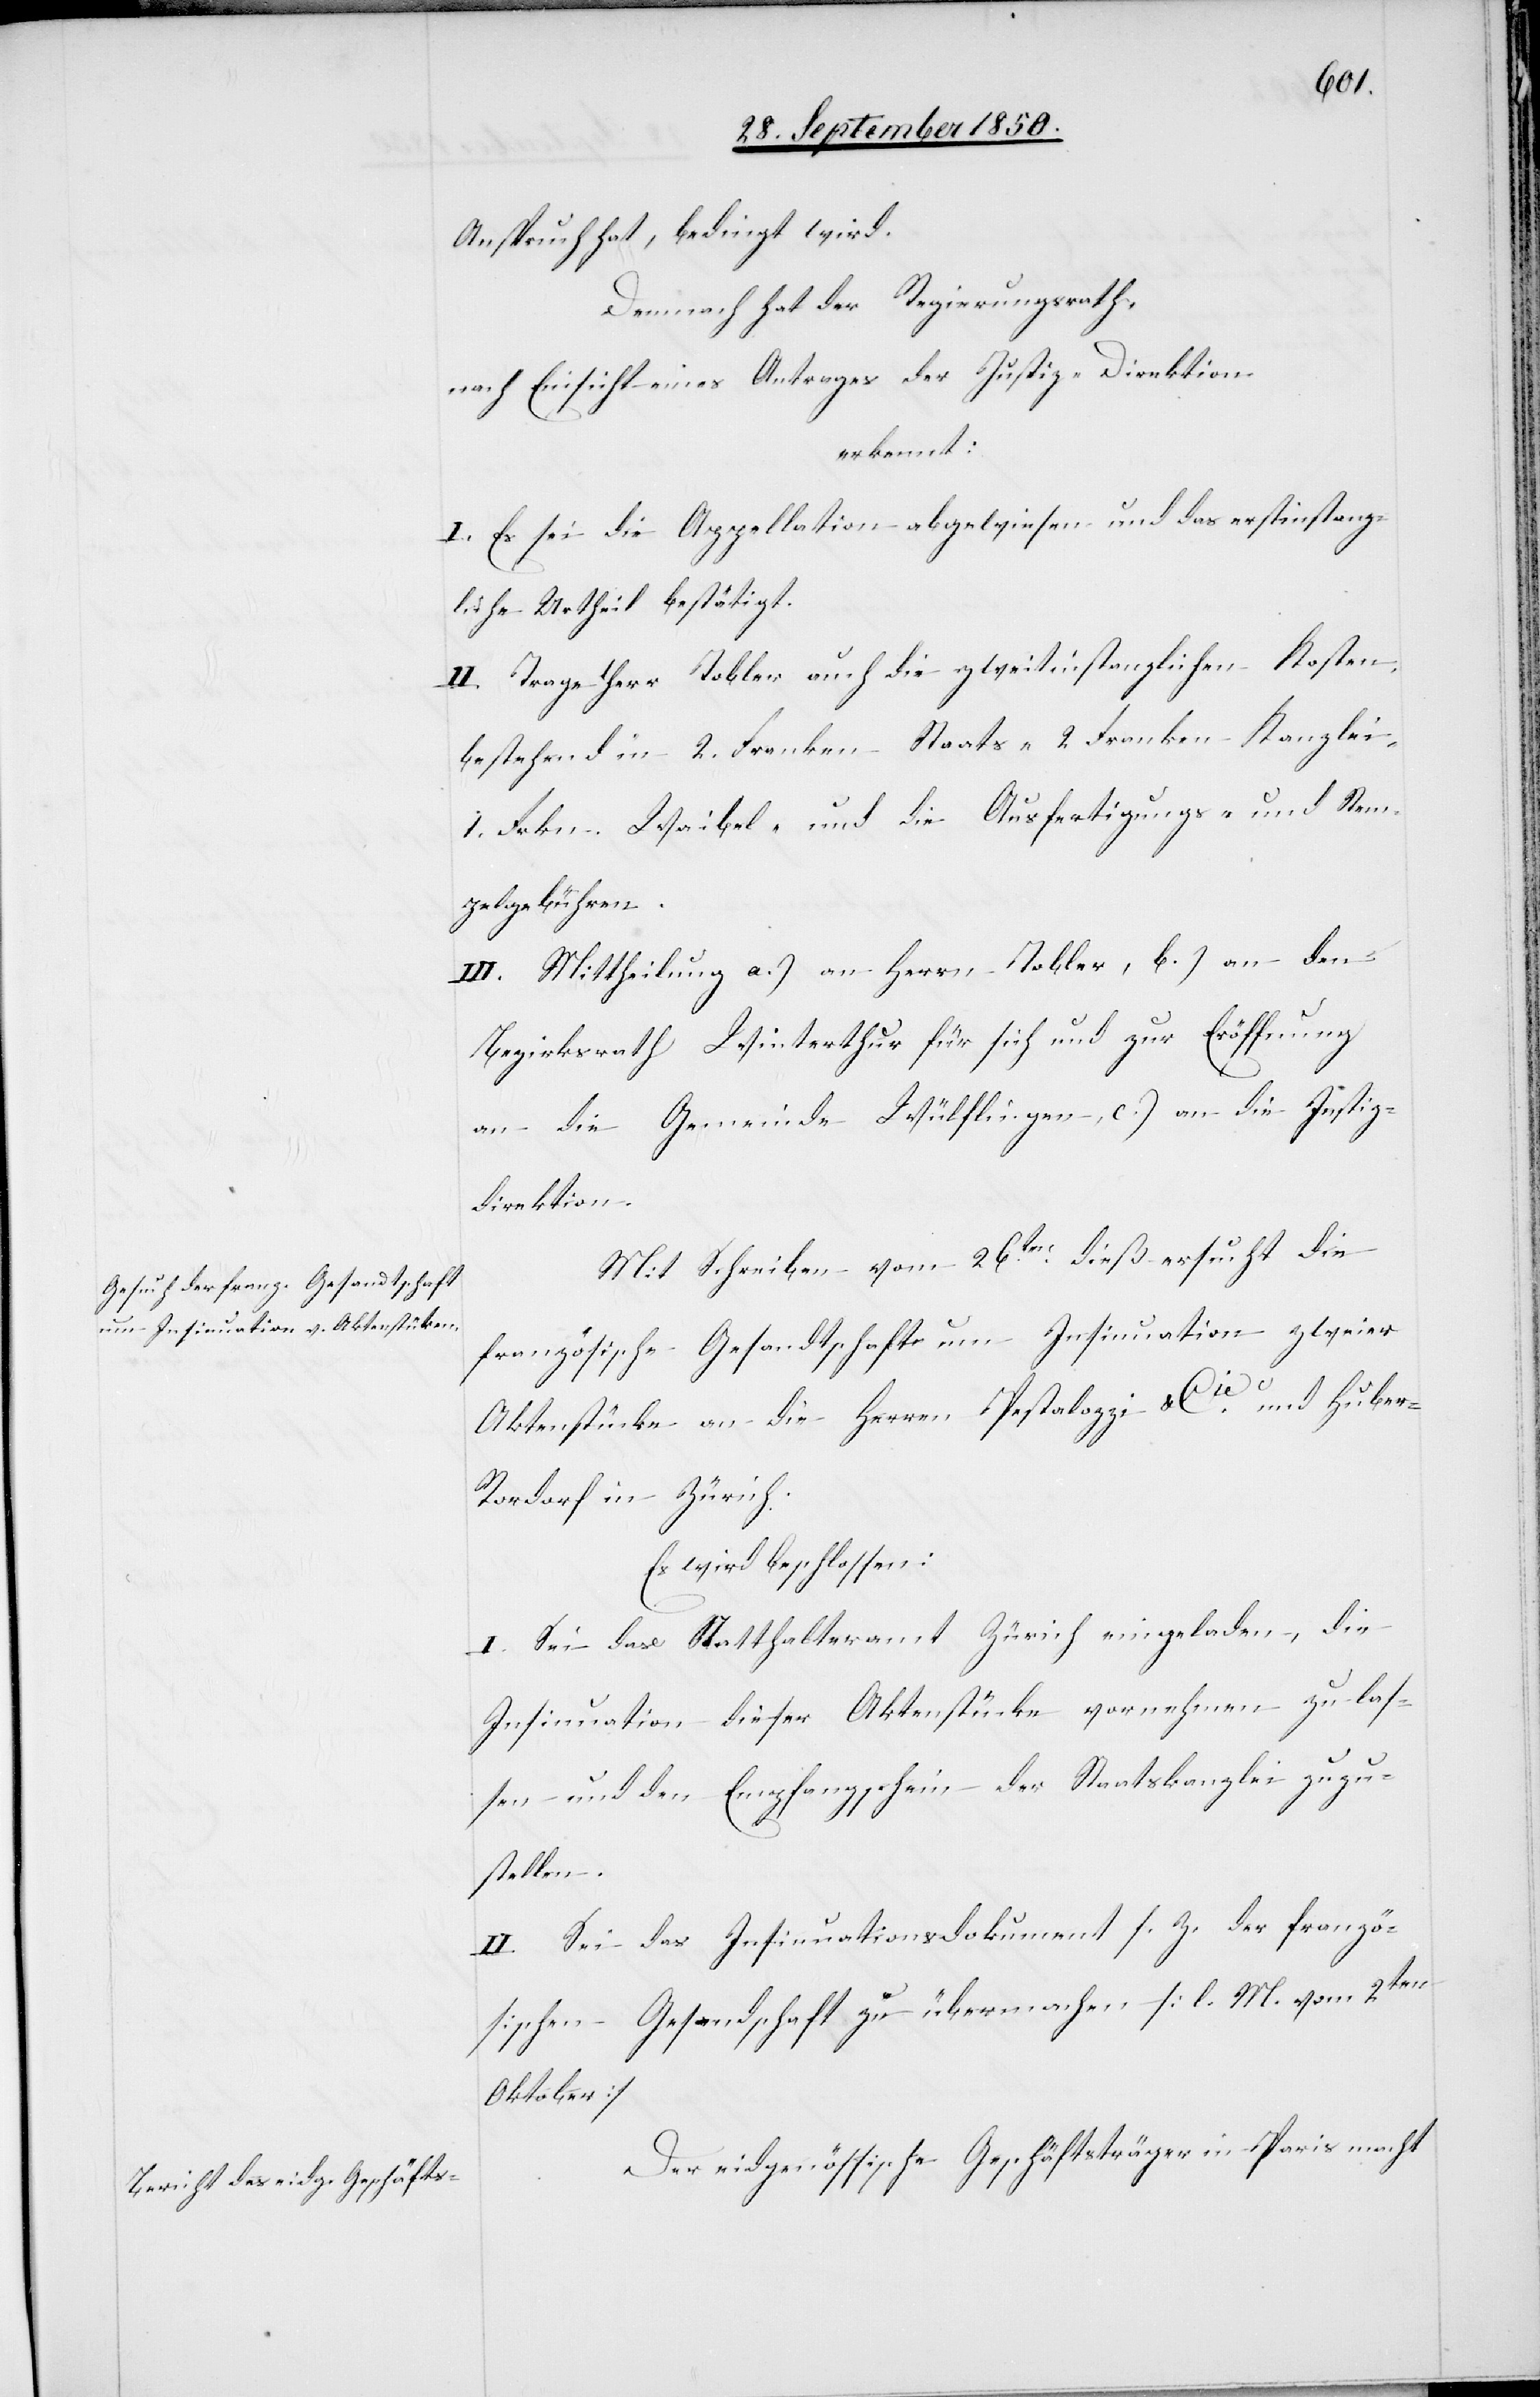
Anspruch hat, bedingt wird.
Demnach hat der Regierungsrath,
nach Einsicht eines Antrages der Justiz-Direktion
erkennt:
I. Es sei die Appellation abgewiesen und das erstinstanz¬
liche Urtheil bestätigt.
II. Trage Herr Tobler auch die zweitinstanzlichen Kosten,
bestehend in 2. Franken Staats- 2 Franken Kanzlei-
1. Frkn. Waibel- und die Ausfertigungs- und Stem¬
pelgebühren.
III. Mittheilung a.) an Herrn Tobler, b.) an den
Bezirksrath Winterthur für sich und zur Eröffnung
an die Gemeinde Wülflingen, c.) an die Justiz¬
direktion.
Mit Schreiben vom 26ten dieß ersucht die
französische Gesandtschaft um Insinuation zweier
Aktenstücke an die Herren Pestalozzi & Cie und Huber-R¬
ordorf in Zürich.
Es wird beschlossen:
I. Sei das Statthalteramt Zürich eingeladen, die
Insinuation dieser Aktenstücke vornehmen zu las¬
sen und den Empfangschein der Staatskanzlei zuzu¬
stellen.
II. Sei das Insinuationsdokument s. Z. der franzö¬
sischen Gesandschaft zu übermachen [l. M. vom 2ten
Oktober]
Der eidgenössische Geschäftsträger in Paris macht